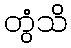
တွံသိ